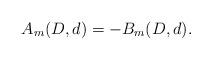
LaTeX: \begin{align*}A_m(D,d) = -B_m(D,d).\end{align*}